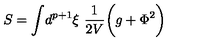
S = \int \! d ^ { p + 1 } \xi \ { \frac { 1 } { 2 V } } \biggl ( g + \Phi ^ { 2 } \biggr )